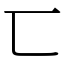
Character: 匸